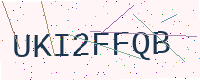
Text: UKI2FFQB